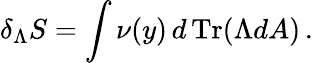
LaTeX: \delta_{\Lambda}S=\int\nu(y)\, d\, \mathrm{Tr}(\Lambda dA)\, .